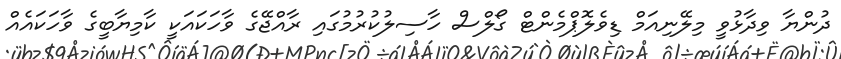
ދުންޔާ ވިދާޅުވީ މިލޭނިއަމް ޑިވެލޮޕްމެންޓް ގޯލްސް ހާސިލުކުރުމުގައި ރާއްޖޭގެ ވާހަކައަކީ ކާމިޔާބީގެ ވާހަކައެއް